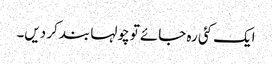
ایک کئی رہ جائے تو چولہا بند کر دیں۔